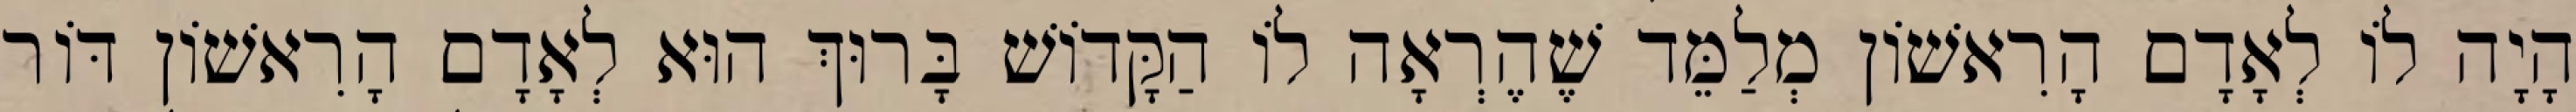
הָיָה לוֹ לְאָדָם הָרִאשׁוֹן מְלַמֵּד שֶׁהֶרְאָה לוֹ הַקָּדוֹשׁ בָּרוּךְ הוּא לְאָדָם הָרִאשׁוֹן דּוֹר